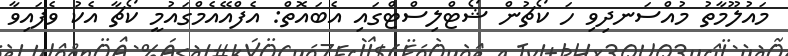
މައުލޫމާތު މުއްސަނދިވި ހަ ކޯޗުން ޝޯޓްލިސްޓްގައި އެބައޮތް: އެފްއޭއެމްގައުމީ ކޯޗާ އެކު ވެފައިވާ